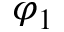
\varphi _ { 1 }